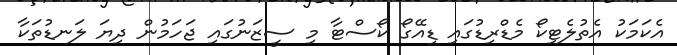
އެކަމަކު އެތުލެޓިކޯ މެޑްރިޑުގައި ޑިއޭގޯ ކޯސްޓާ މި ސީޒަނުގައި ޖަހަމުން ދިޔަ ލަނޑުތަކާ